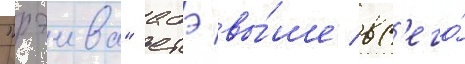
"рэива" абэ вы́ше вс'его́